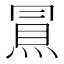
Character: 𰟀